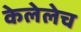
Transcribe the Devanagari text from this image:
केलेलेच